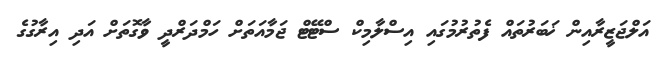
އަލްޖަޒީރާއިން ޚަބަރުތައް ފެތުރުމުގައި އިސްލާމިކް ސްޓޭޓް ޖަމާއަތަށް ހަމްދަރްދީ ވާގޮތަށް އަދި އިރާގުގެ